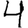
Digit: 4